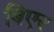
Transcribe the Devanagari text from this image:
बिएर